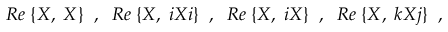
R e \; \{ { \cal X } , \; { \cal X } \} \; \; , \; \; R e \; \{ { \cal X } , \; i { \cal X } i \} \; \; , \; \; R e \; \{ { \cal X } , \; i { \cal X } \} \; \; , \; \; R e \; \{ { \cal X } , \; k { \cal X } j \} \; \; ,